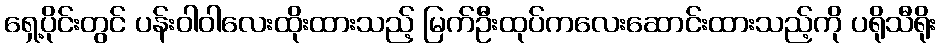
ရှေ့ပိုင်းတွင် ပန်းဝါဝါလေးထိုးထားသည့် မြက်ဦးထုပ်ကလေးဆောင်းထားသည့်ကို ပရိုသီရိုး